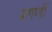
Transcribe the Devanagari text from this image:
प्रगणों